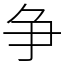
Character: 争